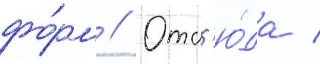
фо́рм // Отс'ю́да /